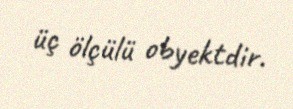
üç ölçülü obyektdir.